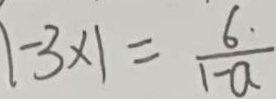
1 - 3 \times 1 = \frac { 6 \cdot } { 1 - a }